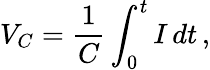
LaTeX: V_{C}={\frac{1}{C}}\int_{0}^{t}I\, dt\, ,